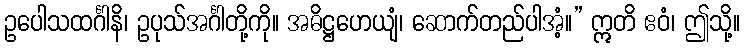
ဥပေါသထင်္ဂါနိ၊ ဥပုသ်အင်္ဂါတို့ကို။ အဓိဋ္ဌဟေယျံ၊ ဆောက်တည်ပါအံ့။” ဣတိ ဧဝံ၊ ဤသို့။